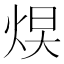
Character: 𪸮